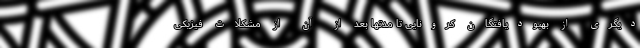
دیگری از بهبودیافتگان کرونایی تا مدتها بعد از آن از مشکلات فیزیکی